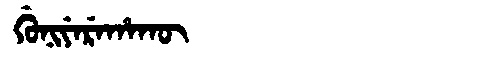
Manchu: ᡤᡠᠨᡳᠶᡝᡵᡝᡥᠠᡴᡡ
Romanization: GUNIYEREHAKŪ